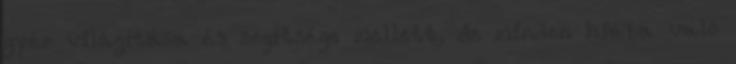
gyér világítása és segítsége mellett, de minden hiába való